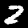
Label: 2